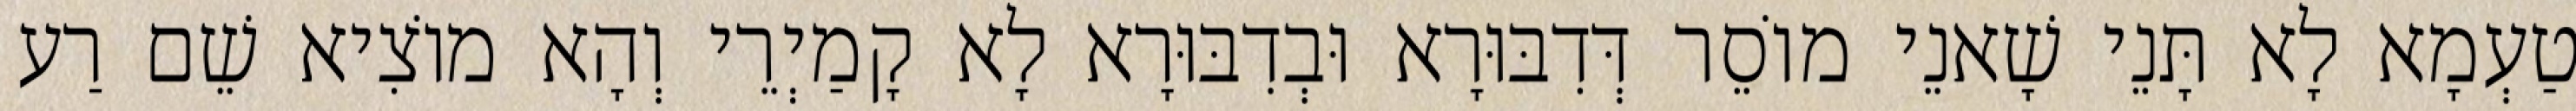
טַעְמָא לָא תָּנֵי שָׁאנֵי מוֹסֵר דְּדִבּוּרָא וּבְדִבּוּרָא לָא קָמַיְרֵי וְהָא מוֹצִיא שֵׁם רַע